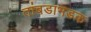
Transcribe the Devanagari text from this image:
तांबडाभडक